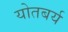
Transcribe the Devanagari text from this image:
योतबर्य